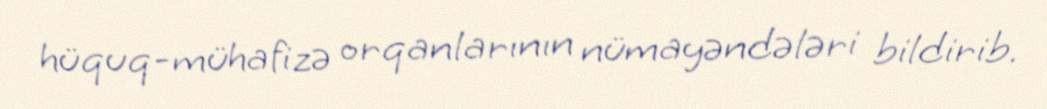
hüquq-mühafizə orqanlarının nümayəndələri bildirib.